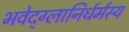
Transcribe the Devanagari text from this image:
भवेद्‌ग्लानिर्धर्मस्य